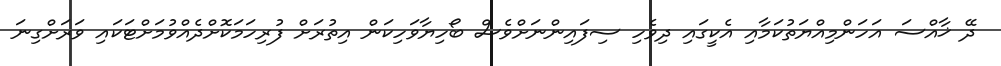
ދޭ ޚާއްސަ އަހަންމިއްޔަތުކަމާއި އެކީގައި ދިވެހި ސިފައިންނަށްވެސް ބޯހިޔާވަހިކަން އިތުރަށް ފުރިހަމަކޮށްދެއްވުމަށްޓަކައި ވަރަށްގިނަ